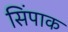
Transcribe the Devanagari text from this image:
सिंपाक